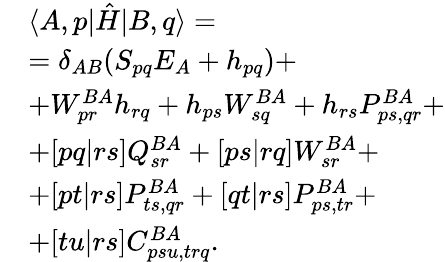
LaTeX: \begin{array}{rl}&{\langle A,p|\hat{H}|B,q\rangle=}\\ &{=\delta_{AB}(S_{pq}E_{A}+h_{pq})+}\\ &{+W_{pr}^{BA}h_{rq}+h_{ps}W_{sq}^{BA}+h_{rs}P_{ps,qr}^{BA}+}\\ &{+[pq|rs]Q_{sr}^{BA}+[ps|rq]W_{sr}^{BA}+}\\ &{+[pt|rs]P_{ts,qr}^{BA}+[qt|rs]P_{ps,tr}^{BA}+}\\ &{+[tu|rs]C_{psu,trq}^{BA}.}\end{array}